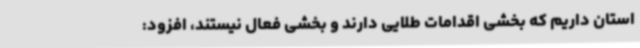
استان داریم که بخشی اقدامات طلایی دارند و بخشی فعال نیستند، افزود: